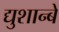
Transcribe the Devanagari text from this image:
द्युशान्बे